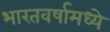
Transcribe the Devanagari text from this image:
भारतवर्षामध्ये